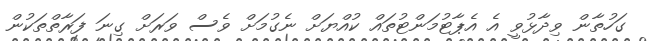
ގަހުތާން ވިދާޅުވީ އެ އެޕާޓުމަންޓުތައް ކުއްޔަށް ނެގުމަށް ވެސް ވަރަށް ގިނަ ފަރާތްތަކުން